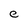
Character: e